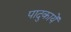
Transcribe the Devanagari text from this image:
पादुकायें